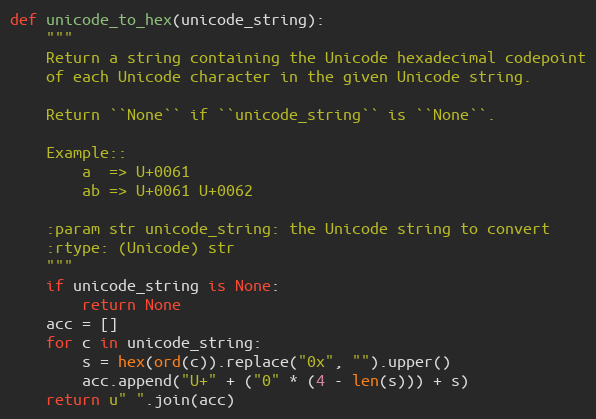
Language: Python
def unicode_to_hex(unicode_string):
    """
    Return a string containing the Unicode hexadecimal codepoint
    of each Unicode character in the given Unicode string.

    Return ``None`` if ``unicode_string`` is ``None``.

    Example::
        a  => U+0061
        ab => U+0061 U+0062

    :param str unicode_string: the Unicode string to convert
    :rtype: (Unicode) str
    """
    if unicode_string is None:
        return None
    acc = []
    for c in unicode_string:
        s = hex(ord(c)).replace("0x", "").upper()
        acc.append("U+" + ("0" * (4 - len(s))) + s)
    return u" ".join(acc)